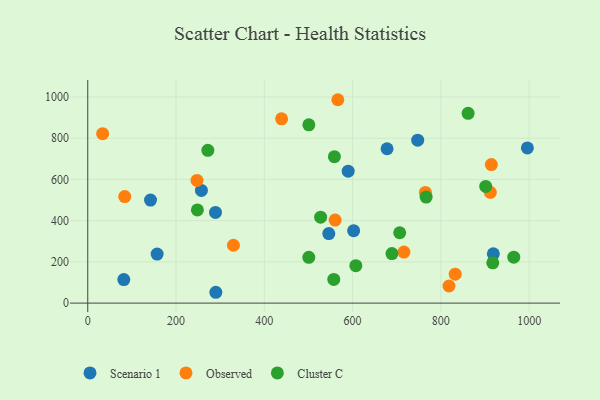
{"axis": {"x": "Price", "y": "Rating"}, "legend": ["Cluster C", "Observed", "Scenario 1"], "data": [{"x": "996.0", "y": 752.7, "type": "Scenario 1"}, {"x": "290.2", "y": 52.5, "type": "Scenario 1"}, {"x": "157.2", "y": 237.6, "type": "Scenario 1"}, {"x": "257.5", "y": 546.8, "type": "Scenario 1"}, {"x": "81.7", "y": 114.0, "type": "Scenario 1"}, {"x": "678.1", "y": 748.7, "type": "Scenario 1"}, {"x": "918.9", "y": 238.8, "type": "Scenario 1"}, {"x": "590.0", "y": 639.8, "type": "Scenario 1"}, {"x": "142.2", "y": 500.0, "type": "Scenario 1"}, {"x": "546.1", "y": 337.1, "type": "Scenario 1"}, {"x": "602.4", "y": 351.1, "type": "Scenario 1"}, {"x": "289.4", "y": 440.0, "type": "Scenario 1"}, {"x": "747.5", "y": 790.3, "type": "Scenario 1"}, {"x": "912.0", "y": 537.5, "type": "Observed"}, {"x": "33.7", "y": 822.1, "type": "Observed"}, {"x": "83.8", "y": 516.7, "type": "Observed"}, {"x": "914.4", "y": 672.2, "type": "Observed"}, {"x": "765.0", "y": 537.1, "type": "Observed"}, {"x": "832.5", "y": 140.1, "type": "Observed"}, {"x": "566.6", "y": 986.6, "type": "Observed"}, {"x": "439.2", "y": 893.9, "type": "Observed"}, {"x": "560.5", "y": 402.7, "type": "Observed"}, {"x": "247.5", "y": 595.1, "type": "Observed"}, {"x": "330.0", "y": 280.7, "type": "Observed"}, {"x": "818.4", "y": 82.9, "type": "Observed"}, {"x": "716.3", "y": 247.3, "type": "Observed"}, {"x": "965.2", "y": 222.8, "type": "Cluster C"}, {"x": "607.4", "y": 181.4, "type": "Cluster C"}, {"x": "500.8", "y": 222.1, "type": "Cluster C"}, {"x": "689.2", "y": 240.1, "type": "Cluster C"}, {"x": "500.9", "y": 864.9, "type": "Cluster C"}, {"x": "917.6", "y": 195.2, "type": "Cluster C"}, {"x": "901.6", "y": 566.1, "type": "Cluster C"}, {"x": "706.7", "y": 341.2, "type": "Cluster C"}, {"x": "272.1", "y": 741.0, "type": "Cluster C"}, {"x": "766.6", "y": 514.4, "type": "Cluster C"}, {"x": "557.4", "y": 114.6, "type": "Cluster C"}, {"x": "527.6", "y": 416.9, "type": "Cluster C"}, {"x": "558.8", "y": 710.2, "type": "Cluster C"}, {"x": "861.7", "y": 920.7, "type": "Cluster C"}, {"x": "248.4", "y": 451.9, "type": "Cluster C"}]}